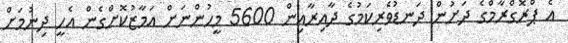
އެ ޕްރޮގްރާމްގެ ދަށުން ދަނޑުވެރިކަމުގެ ދާއިރާއިން 5600 މީހުންނަށް އަމާޒުކޮށްގެން އެހީ ދިނުމަށް